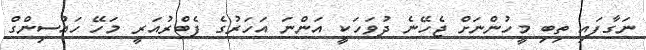
ނަގާފައި ތިބި މީހުންނަށް ޖެހޭނެ ދުވަހަކީ އަންނަ އަހަރުގެ ފެބްރުއަަރީ މަހޭ ހައުސިންގް